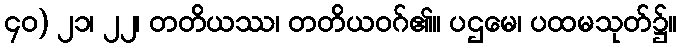
၄၀) ၂၁၊ ၂၂၊ တတိယဿ၊ တတိယဝဂ်၏။ ပဌမေ၊ ပထမသုတ်၌။